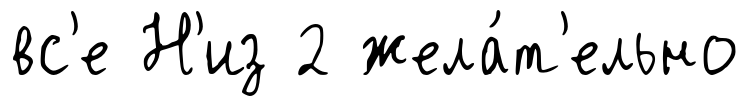
вс'е Н'из 2 жела́т'ельно